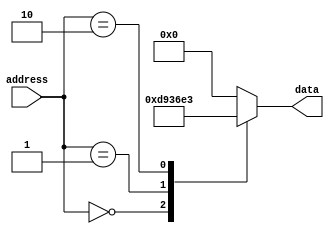
module ROM (
    input wire [7:0] address,
    output reg [7:0] data
);

// Define the fixed pattern for each memory block
reg [7:0]  mem_block_0 = 8'b11011001;
reg [7:0]  mem_block_1 = 8'b00110110;
reg [7:0]  mem_block_2 = 8'b11100011;
// Add more memory blocks as needed

// Output data based on the specified memory address
always @(*)
begin
    case(address)
        8'b00000000: data = mem_block_0;
        8'b00000001: data = mem_block_1;
        8'b00000010: data = mem_block_2;
        // Add more cases for additional memory blocks
        default: data = 8'b00000000; // Default value if address is not found
    endcase
end

endmodule